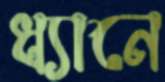
ধ্যানে